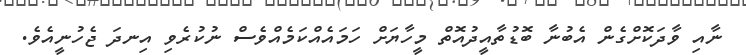
ނާއި ވާދަކޮށްގެން އެބުނާ ބޮޑުތާއީދުއޮތް މީހާޔަށް ހަމައެއްކަމެއްވެސް ނުކުރެވި އިނދަ ޖެހުނީއެވެ.